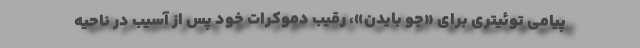
پیامی توئیتری برای «جو بایدن»، رقیب دموکرات خود پس از آسیب در ناحیه